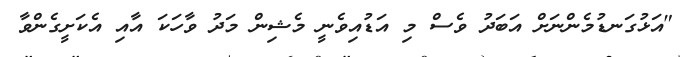
"އަޅުގަނޑުމެންނަށް އަބަދު ވެސް މި އަޑުއިވެނީ މެޝިން މަދު ވާހަކަ އާއި އެކަށީގެންވާ